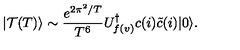
| \mathcal { T } ( T ) \rangle \sim \frac { e ^ { 2 \pi ^ { 2 } / T } } { T ^ { 6 } } U _ { f ( v ) } ^ { \dagger } c ( i ) \tilde { c } ( i ) | 0 \rangle .